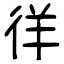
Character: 徉